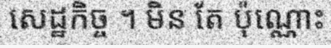
សេដ្ឋកិច្ច ។ មិន តែ ប៉ុណ្ណោះ